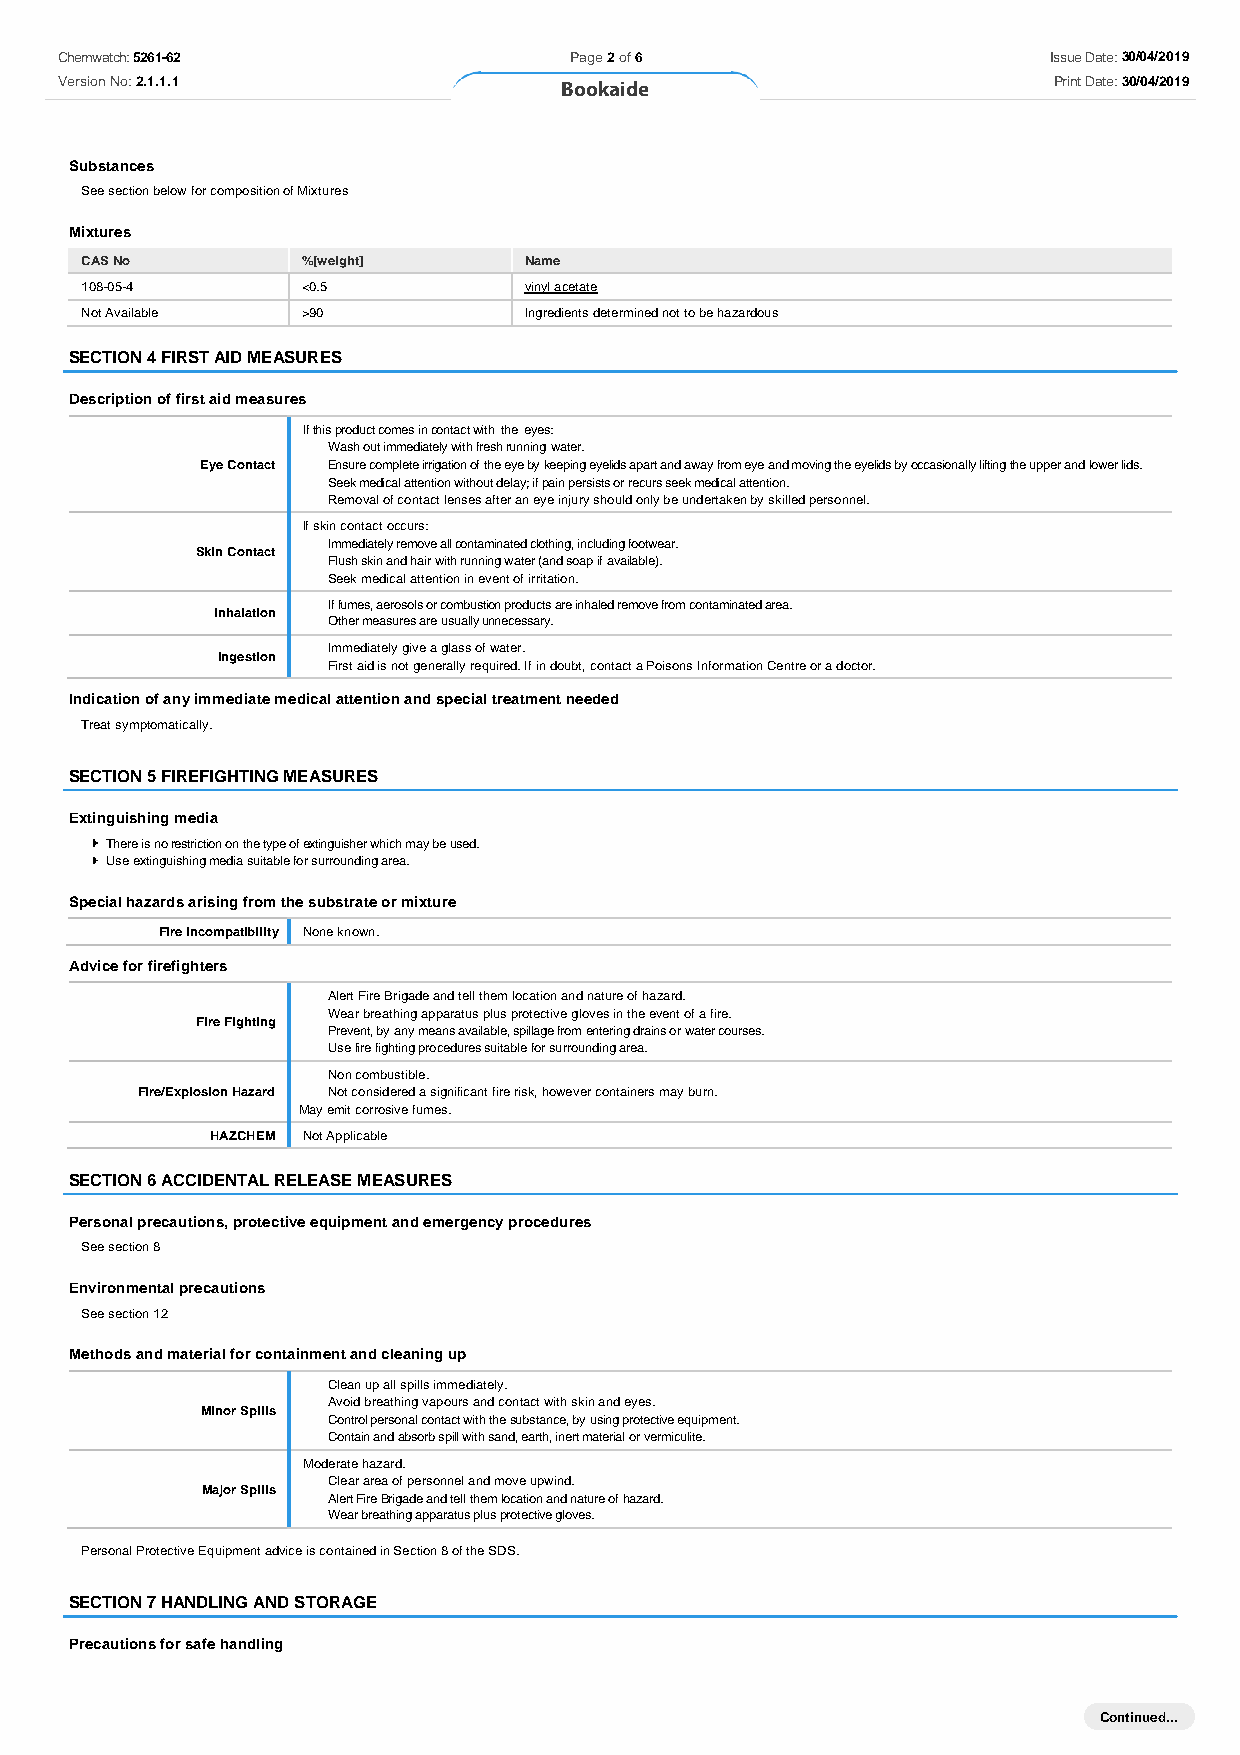
Chemwatch: 5261-62                Page 2 of 6                    Issue Date: 24/07/2017
 Version No: 2.1.1.1                                               Print Date: 27/10/2017
 Cretebond
 Substances
 See section below for composition of Mixtures
 Mixtures
 CAS No         %[weight]      Name
 108-05-4       <0.5           vinyl acetate
 Not Available  >90            Ingredients determined not to be hazardous
 SECTION 4 FIRST AID MEASURES
 Description of first aid measures
 If this product comes in contact with the eyes:
 Wash out immediately with fresh running water.
 Eye Contact Ensure complete irrigation of the eye by keeping eyelids apart and away from eye and moving the eyelids by occasionally lifting the upper and lower lids.
 Seek medical attention without delay; if pain persists or recurs seek medical attention.
 Removal of contact lenses after an eye injury should only be undertaken by skilled personnel.
 If skin contact occurs:
 Immediately remove all contaminated clothing, including footwear.
 Skin Contact
 Flush skin and hair with running water (and soap if available).
 Seek medical attention in event of irritation.
 If fumes, aerosols or combustion products are inhaled remove from contaminated area.
 Inhalation
 Other measures are usually unnecessary.
 Immediately give a glass of water.
 Ingestion
 First aid is not generally required. If in doubt, contact a Poisons Information Centre or a doctor.
 Indication of any immediate medical attention and special treatment needed
 Treat symptomatically.
 SECTION 5 FIREFIGHTING MEASURES
 Extinguishing media
 There is no restriction on the type of extinguisher which may be used.
 Use extinguishing media suitable for surrounding area.
 Special hazards arising from the substrate or mixture
 Fire Incompatibility None known.
 Advice for firefighters
 Alert Fire Brigade and tell them location and nature of hazard.
 Wear breathing apparatus plus protective gloves in the event of a fire.
 Fire Fighting
 Prevent, by any means available, spillage from entering drains or water courses.
 Use fire fighting procedures suitable for surrounding area.
 Non combustible.
 Fire/Explosion Hazard Not considered a significant fire risk, however containers may burn.
 May emit corrosive fumes.
 HAZCHEM Not Applicable
 SECTION 6 ACCIDENTAL RELEASE MEASURES
 Personal precautions, protective equipment and emergency procedures
 See section 8
 Environmental precautions
 See section 12
 Methods and material for containment and cleaning up
 Clean up all spills immediately.
 Avoid breathing vapours and contact with skin and eyes.
 Minor Spills
 Control personal contact with the substance, by using protective equipment.
 Contain and absorb spill with sand, earth, inert material or vermiculite.
 Moderate hazard.
 Clear area of personnel and move upwind.
 Major Spills
 Alert Fire Brigade and tell them location and nature of hazard.
 Wear breathing apparatus plus protective gloves.
 Personal Protective Equipment advice is contained in Section 8 of the SDS.
 SECTION 7 HANDLING AND STORAGE
 Precautions for safe handling
 Continued...